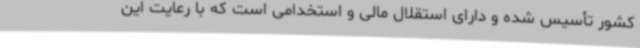
کشور تأسیس شده و دارای استقلال مالی و استخدامی است که با رعایت این